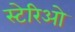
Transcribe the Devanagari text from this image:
स्टेरिओ